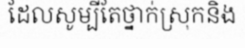
ដែលសូម្បីតែថ្នាក់ស្រុកនិង